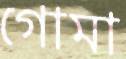
গোমা